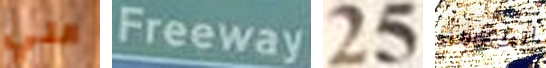
التي Freeway 25 الحمامة